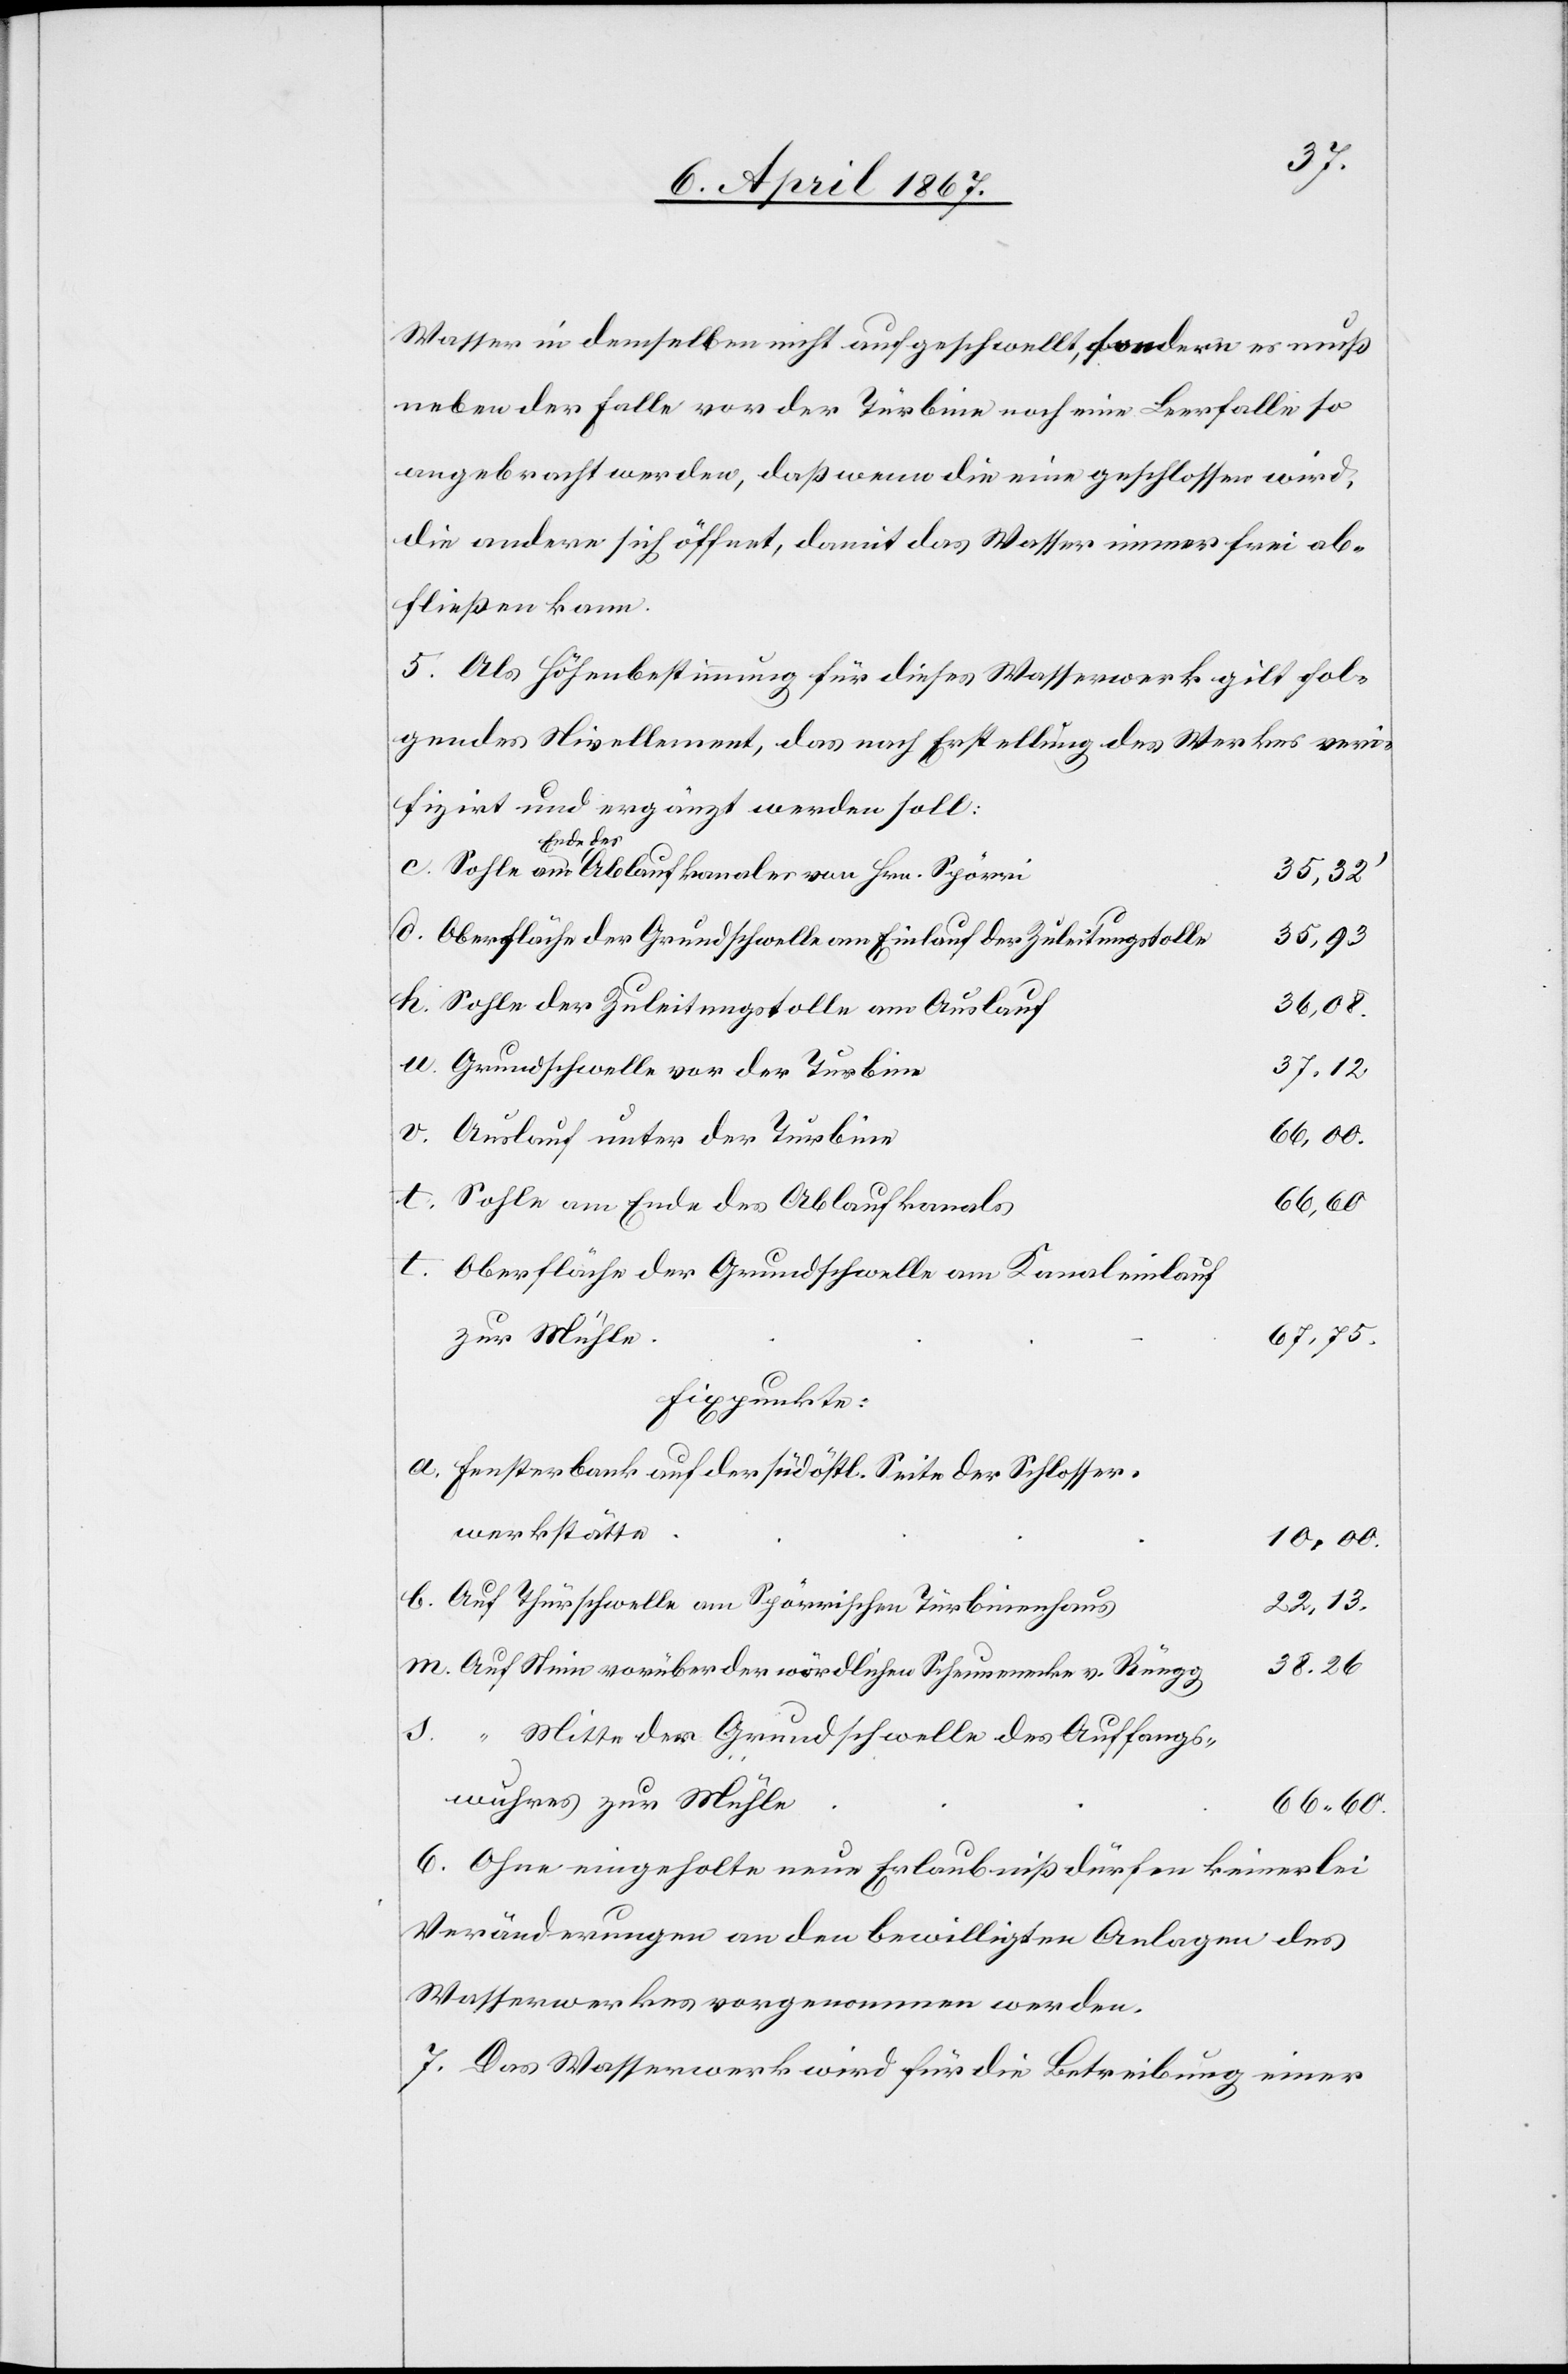
Wasser in demselben nicht aufgeschwellt, sondern es muß
neben der Falle von der Turbine noch eine Leerfalle so
angebracht werden, daß wenn die eine geschlossen wird,
die andere sich öffnet, damit das Wasser immer frei ab¬
fließen kann.
5. Als Höhenbestimmung für dieses Wasserwerk gilt fol¬
gendes Nivellement, das nach Erstellung des Werkes veri¬
fizirt und ergänzt werden soll:
Ende des
d.	Oberfläche der Grundschwelle am Einlauf der Zuleitungstoll¬
e	10,00.
k.	Sohle der Zuleitungstolle am Auslau¬
f						38,08.
c.	Sohle am Ende der Ablaufkanale
e	66,60.
t. 	Oberfläche der Grundschwelle am Kanaleinlauf
g		38.26
Fixpunkte:
v.
a.	Fensterbank auf der südöstl. Seite der Schlosser¬
werkstätt¬
b.	Auf Thürschwelle am Spörrischen Turbinenhau¬
m.	Auf Stein vorüber der nördlichen Schurwerke v. Rüeg¬
s.	 “ Mitte der Grundschwelle des Auffangs¬
wuhres zur Mühl¬
6. Ohne eingeholte neue Erlaubniß dürfen keinerlei
Veränderungen an den bewilligten Anlagen des
Wasserwerkes vorgenommen werden.
7. Das Wasserwerk wird für die Betreibung einer